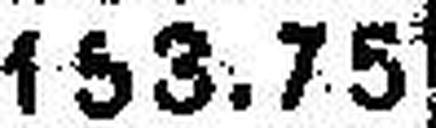
153.75